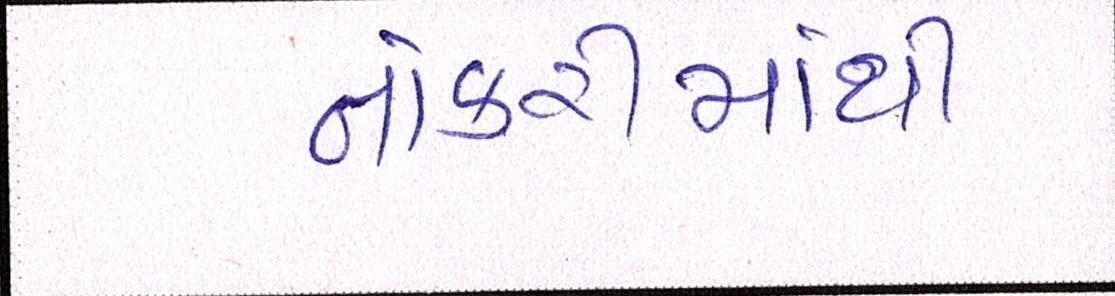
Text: નોકરીમાંથી